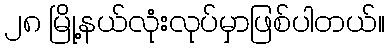
၂၈ မြို့နယ်လုံးလုပ်မှာဖြစ်ပါတယ်။